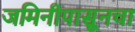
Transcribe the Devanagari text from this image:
जमिनीपासूनचा